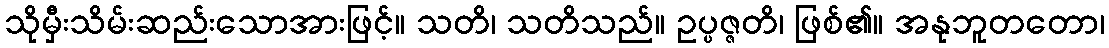
သိုမှီးသိမ်းဆည်းသောအားဖြင့်။ သတိ၊ သတိသည်။ ဥပ္ပဇ္ဇတိ၊ ဖြစ်၏။ အနုဘူတတော၊